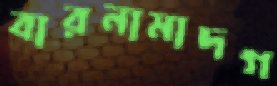
বারনামাদগ